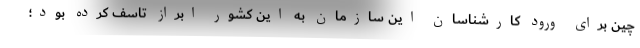
چین برای ورود کارشناسان این سازمان به این کشور ابراز تاسف کرده بود؛